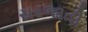
સરજાતી